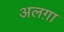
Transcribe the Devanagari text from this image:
अलग़ा